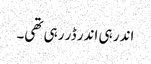
اندر ہی اندر ڈر رہی تھی۔